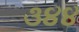
૩૪૪